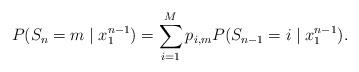
LaTeX: \begin{align*}P(S_n=m\mid x_1^{n-1}) = \sum\limits_{i=1}^{M}p_{i, m} P(S_{n-1}=i \mid x_1^{n-1}). \end{align*}